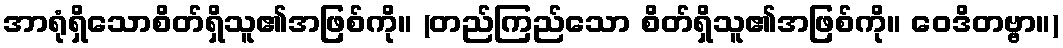
အာရုံရှိသောစိတ်ရှိသူ၏အဖြစ်ကို။ (တည်ကြည်သော စိတ်ရှိသူ၏အဖြစ်ကို။ ဝေဒိတဗ္ဗာ။)